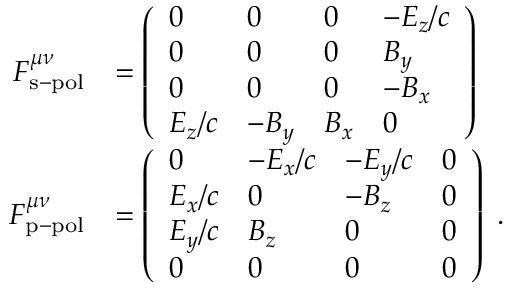
\begin{array} { r l } { F _ { \mathrm { s - p o l } } ^ { \mu \nu } } & { = \left( \begin{array} { l l l l } { 0 } & { 0 } & { 0 } & { - E _ { z } / c } \\ { 0 } & { 0 } & { 0 } & { B _ { y } } \\ { 0 } & { 0 } & { 0 } & { - B _ { x } } \\ { E _ { z } / c } & { - B _ { y } } & { B _ { x } } & { 0 } \end{array} \right) } \\ { F _ { \mathrm { p - p o l } } ^ { \mu \nu } } & { = \left( \begin{array} { l l l l } { 0 } & { - E _ { x } / c } & { - E _ { y } / c } & { 0 } \\ { E _ { x } / c } & { 0 } & { - B _ { z } } & { 0 } \\ { E _ { y } / c } & { B _ { z } } & { 0 } & { 0 } \\ { 0 } & { 0 } & { 0 } & { 0 } \end{array} \right) \; . } \end{array}